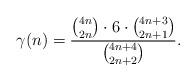
LaTeX: \begin{align*}\gamma(n) = \frac{\binom{4n}{2n}\cdot 6 \cdot \binom{4n+3}{2n+1}}{\binom{4n+4}{2n+2}}.\end{align*}